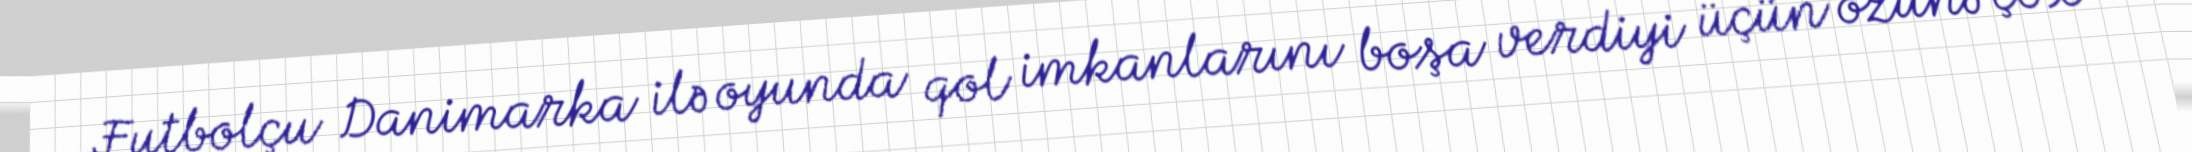
Futbolçu Danimarka ilə oyunda qol imkanlarını boşa verdiyi üçün özünə çox